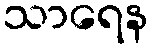
သာရေန